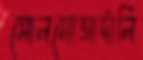
সোলমোআর্দালি